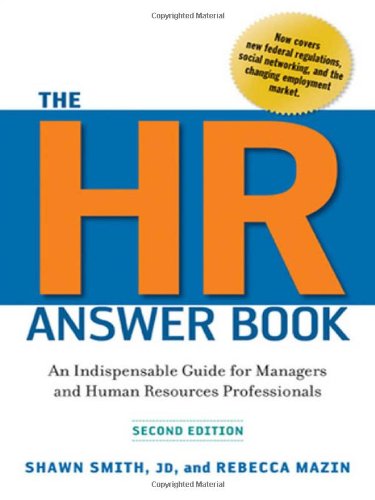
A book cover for The HR Answer Book: An Indispensable Guide for Managers and Human Resources Professionals; Shawn Smith; Reference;